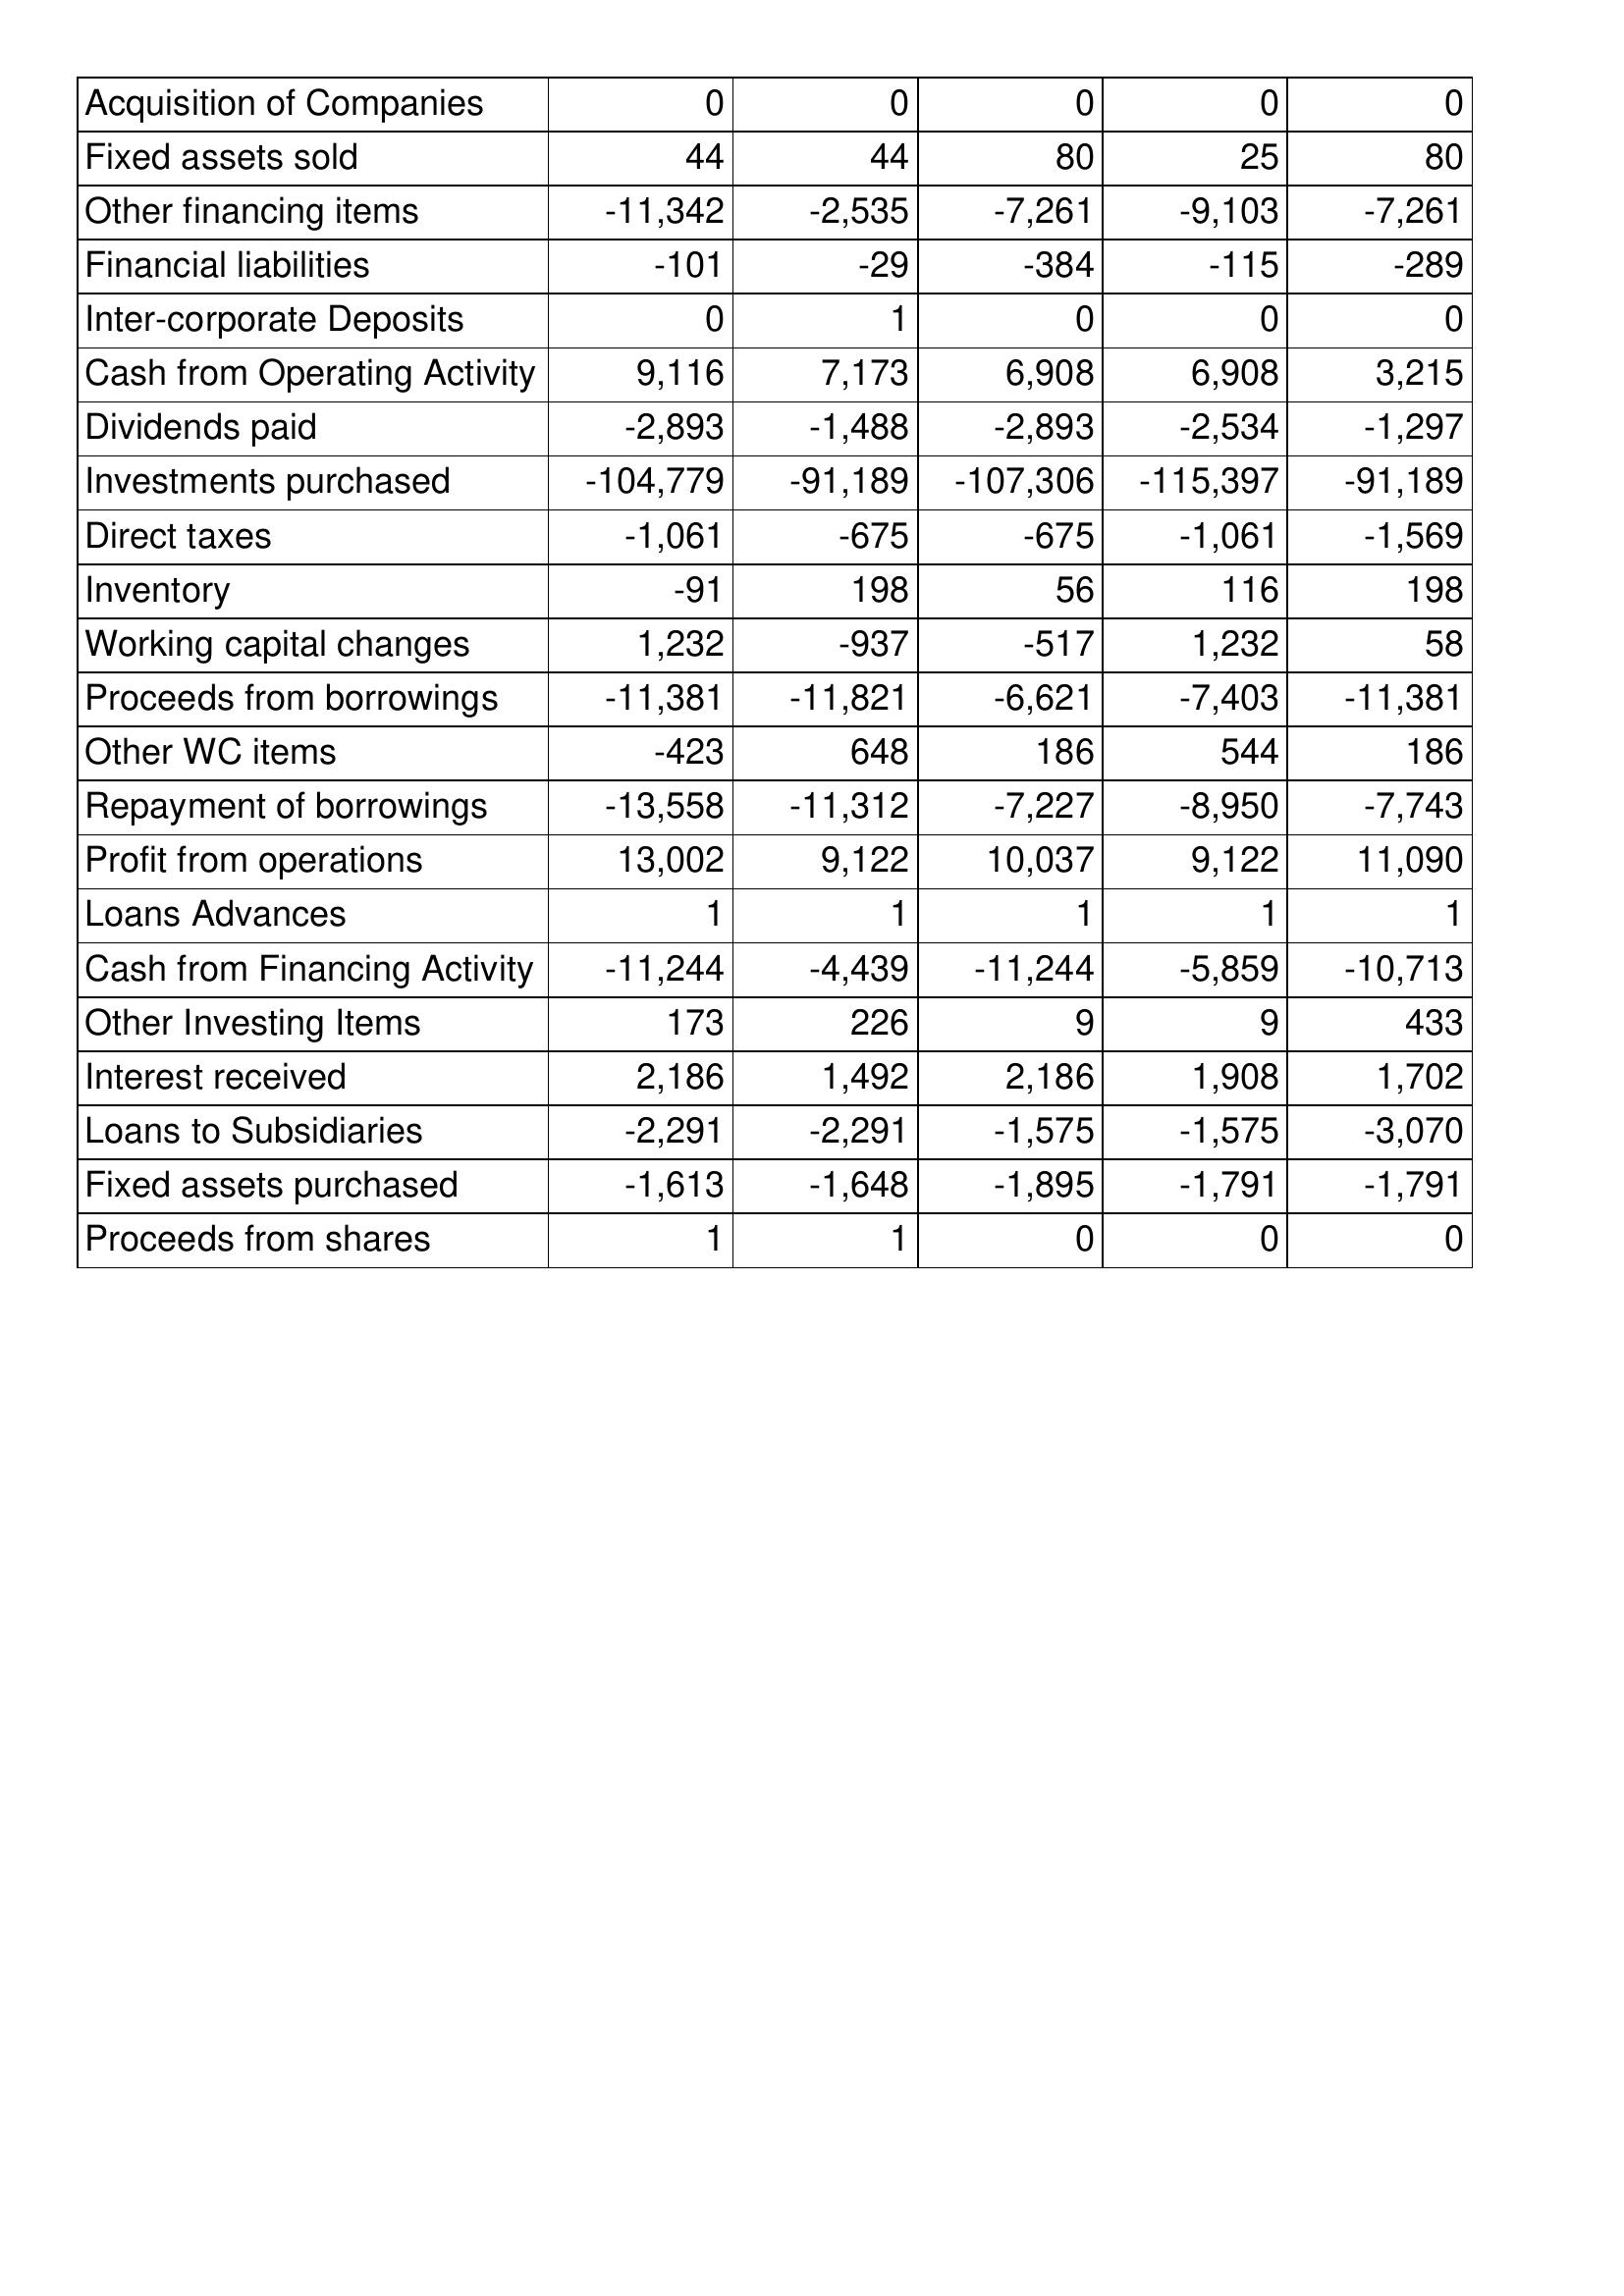
Apr-16: Cash Flows: Acquisition of Companies: 0
Fixed assets sold: 44
Other financing items: -11,342
Financial liabilities: -101
Inter-corporate Deposits: 0
Cash from Operating Activity: 9,116
Dividends paid: -2,893
Investments purchased: -104,779
Direct taxes: -1,061
Inventory: -91
Working capital changes: 1,232
Proceeds from borrowings: -11,381
Other WC items: -423
Repayment of borrowings: -13,558
Profit from operations: 13,002
Loans Advances: 1
Cash from Financing Activity: -11,244
Other Investing Items: 173
Interest received: 2,186
Loans to Subsidiaries: -2,291
Fixed assets purchased: -1,613
Proceeds from shares: 1
Apr-17: Cash Flows: Acquisition of Companies: 0
Fixed assets sold: 44
Other financing items: -2,535
Financial liabilities: -29
Inter-corporate Deposits: 1
Cash from Operating Activity: 7,173
Dividends paid: -1,488
Investments purchased: -91,189
Direct taxes: -675
Inventory: 198
Working capital changes: -937
Proceeds from borrowings: -11,821
Other WC items: 648
Repayment of borrowings: -11,312
Profit from operations: 9,122
Loans Advances: 1
Cash from Financing Activity: -4,439
Other Investing Items: 226
Interest received: 1,492
Loans to Subsidiaries: -2,291
Fixed assets purchased: -1,648
Proceeds from shares: 1
Apr-18: Cash Flows: Acquisition of Companies: 0
Fixed assets sold: 80
Other financing items: -7,261
Financial liabilities: -384
Inter-corporate Deposits: 0
Cash from Operating Activity: 6,908
Dividends paid: -2,893
Investments purchased: -107,306
Direct taxes: -675
Inventory: 56
Working capital changes: -517
Proceeds from borrowings: -6,621
Other WC items: 186
Repayment of borrowings: -7,227
Profit from operations: 10,037
Loans Advances: 1
Cash from Financing Activity: -11,244
Other Investing Items: 9
Interest received: 2,186
Loans to Subsidiaries: -1,575
Fixed assets purchased: -1,895
Proceeds from shares: 0
Apr-19: Cash Flows: Acquisition of Companies: 0
Fixed assets sold: 25
Other financing items: -9,103
Financial liabilities: -115
Inter-corporate Deposits: 0
Cash from Operating Activity: 6,908
Dividends paid: -2,534
Investments purchased: -115,397
Direct taxes: -1,061
Inventory: 116
Working capital changes: 1,232
Proceeds from borrowings: -7,403
Other WC items: 544
Repayment of borrowings: -8,950
Profit from operations: 9,122
Loans Advances: 1
Cash from Financing Activity: -5,859
Other Investing Items: 9
Interest received: 1,908
Loans to Subsidiaries: -1,575
Fixed assets purchased: -1,791
Proceeds from shares: 0
Apr-20: Cash Flows: Acquisition of Companies: 0
Fixed assets sold: 80
Other financing items: -7,261
Financial liabilities: -289
Inter-corporate Deposits: 0
Cash from Operating Activity: 3,215
Dividends paid: -1,297
Investments purchased: -91,189
Direct taxes: -1,569
Inventory: 198
Working capital changes: 58
Proceeds from borrowings: -11,381
Other WC items: 186
Repayment of borrowings: -7,743
Profit from operations: 11,090
Loans Advances: 1
Cash from Financing Activity: -10,713
Other Investing Items: 433
Interest received: 1,702
Loans to Subsidiaries: -3,070
Fixed assets purchased: -1,791
Proceeds from shares: 0